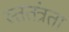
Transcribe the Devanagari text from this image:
स्ततंत्रता